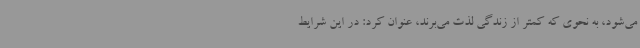
می‌شود، به نحوی که کمتر از زندگی لذت می‌برند، عنوان کرد: در این شرایط